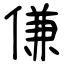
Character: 傔